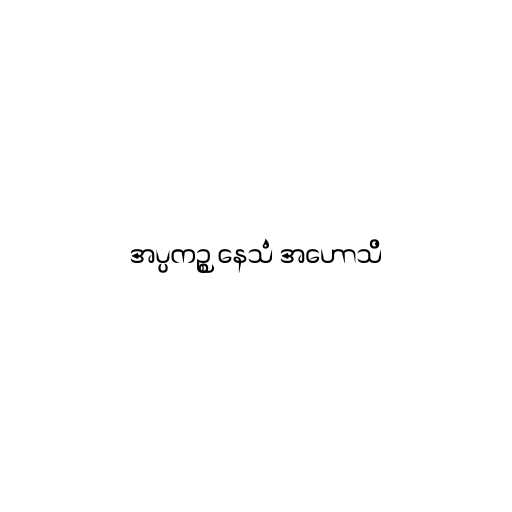
အပ္ပကဉ္စ နေသံ အဟောသိ